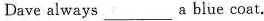
Dave always ___ a blue coat。